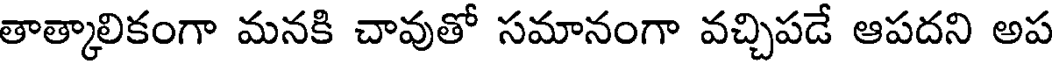
తాత్కాలికంగా మనకి చావుతో సమానంగా వచ్చిపడే ఆపదని అప